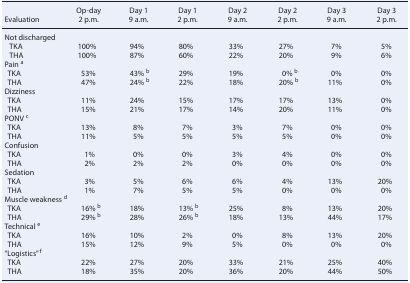
<table><thead><tr><td></td><td><b>Op-day</b></td><td><b>Day 1</b></td><td><b>Day 1</b></td><td><b>Day 2</b></td><td><b>Day 2</b></td><td><b>Day 3</b></td><td><b>Day 3</b></td></tr><tr><td><b>Evaluation</b></td><td><b>2 p.m.</b></td><td><b>9 a.m.</b></td><td><b>2 p.m.</b></td><td><b>9 a.m.</b></td><td><b>2 p.m.</b></td><td><b>9 a.m.</b></td><td><b>2 p.m.</b></td></tr></thead><tbody><tr><td>Not discharged</td><td></td><td></td><td></td><td></td><td></td><td></td><td></td></tr><tr><td> TKA</td><td>100%</td><td>94%</td><td>80%</td><td>33%</td><td>27%</td><td>7%</td><td>5%</td></tr><tr><td> THA</td><td>100%</td><td>87%</td><td>60%</td><td>22%</td><td>20%</td><td>9%</td><td>6%</td></tr><tr><td>Pain <b><sup>a</sup></b></td><td></td><td></td><td></td><td></td><td></td><td></td><td></td></tr><tr><td> TKA</td><td>53%</td><td>43% <b><sup>b</sup></b></td><td>29%</td><td>19%</td><td>0% <b><sup>b</sup></b></td><td>0%</td><td>0%</td></tr><tr><td> THA</td><td>47%</td><td>24% <b><sup>b</sup></b></td><td>22%</td><td>18%</td><td>20% <b><sup>b</sup></b></td><td>11%</td><td>0%</td></tr><tr><td>Dizziness</td><td></td><td></td><td></td><td></td><td></td><td></td><td></td></tr><tr><td> TKA</td><td>11%</td><td>24%</td><td>15%</td><td>17%</td><td>17%</td><td>13%</td><td>0%</td></tr><tr><td> THA</td><td>15%</td><td>21%</td><td>17%</td><td>14%</td><td>20%</td><td>11%</td><td>0%</td></tr><tr><td>PONV <b><sup>c</sup></b></td><td></td><td></td><td></td><td></td><td></td><td></td><td></td></tr><tr><td> TKA</td><td>13%</td><td>8%</td><td>7%</td><td>3%</td><td>7%</td><td>0%</td><td>0%</td></tr><tr><td> THA</td><td>11%</td><td>5%</td><td>5%</td><td>5%</td><td>5%</td><td>0%</td><td>0%</td></tr><tr><td>Confusion</td><td></td><td></td><td></td><td></td><td></td><td></td><td></td></tr><tr><td> TKA</td><td>1%</td><td>0%</td><td>0%</td><td>3%</td><td>4%</td><td>0%</td><td>0%</td></tr><tr><td> THA</td><td>2%</td><td>2%</td><td>2%</td><td>0%</td><td>0%</td><td>0%</td><td>0%</td></tr><tr><td>Sedation</td><td></td><td></td><td></td><td></td><td></td><td></td><td></td></tr><tr><td> TKA</td><td>3%</td><td>5%</td><td>6%</td><td>6%</td><td>4%</td><td>13%</td><td>20%</td></tr><tr><td> THA</td><td>1%</td><td>7%</td><td>5%</td><td>5%</td><td>0%</td><td>0%</td><td>0%</td></tr><tr><td>Muscle weakness <b><sup>d</sup></b></td><td></td><td></td><td></td><td></td><td></td><td></td><td></td></tr><tr><td> TKA</td><td>16% <b><sup>b</sup></b></td><td>18%</td><td>13% <b><sup>b</sup></b></td><td>25%</td><td>8%</td><td>13%</td><td>20%</td></tr><tr><td> THA</td><td>29% <b><sup>b</sup></b></td><td>28%</td><td>26% <b><sup>b</sup></b></td><td>18%</td><td>13%</td><td>44%</td><td>17%</td></tr><tr><td>Technical <b><sup>e</sup></b></td><td></td><td></td><td></td><td></td><td></td><td></td><td></td></tr><tr><td> TKA</td><td>16%</td><td>10%</td><td>2%</td><td>0%</td><td>8%</td><td>13%</td><td>20%</td></tr><tr><td> THA</td><td>15%</td><td>12%</td><td>9%</td><td>5%</td><td>0%</td><td>0%</td><td>0%</td></tr><tr><td>“Logistics” <b><sup>f</sup></b></td><td></td><td></td><td></td><td></td><td></td><td></td><td></td></tr><tr><td> TKA</td><td>22%</td><td>27%</td><td>20%</td><td>33%</td><td>21%</td><td>25%</td><td>40%</td></tr><tr><td> THA</td><td>18%</td><td>35%</td><td>20%</td><td>36%</td><td>20%</td><td>44%</td><td>50%</td></tr></tbody></table>